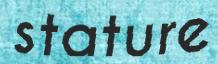
stature